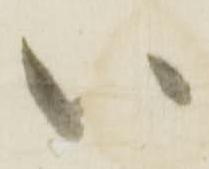
い